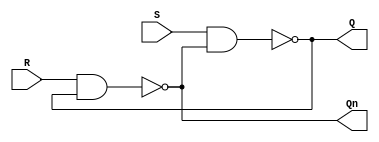
`timescale 1ns / 1ps
//////////////////////////////////////////////////////////////////////////////////
// Company: 
// Engineer: 
// 
// Design Name: 
// Module Name: sr_latch
// Project Name: 
// Target Devices: 
// Tool Versions: 
// Description: 
// 
// Dependencies: 
// 
// Revision:
// Revision 0.01 - File Created
// Additional Comments:
// 
//////////////////////////////////////////////////////////////////////////////////


`timescale 1ns / 1ps
module sr_latch(
    input S,
    input R,
    output Q,
    output Qn
    );
 
wire Q_int, Qn_int;
assign sn= ~S;
assign rn= ~R;
 
assign #1 Q_int = ~(S & Qn_int);
assign #1 Qn_int = ~(R & Q_int);
assign Q = Q_int;
assign Qn = Qn_int;
 
endmodule